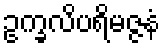
ဥက္ခလိပရိမဇ္ဇနံ